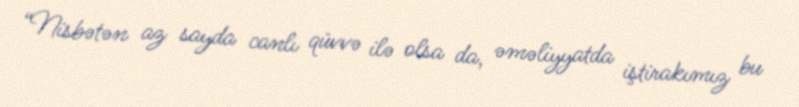
“Nisbətən az sayda canlı qüvvə ilə olsa da, əməliyyatda iştirakımız bu